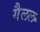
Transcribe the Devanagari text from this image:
गैलल